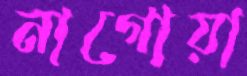
নাগোয়া